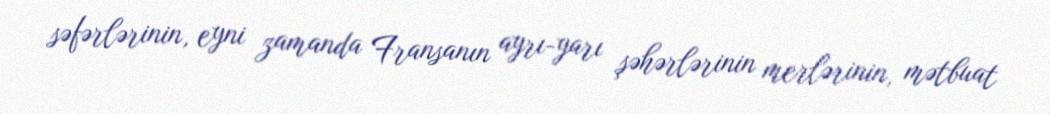
səfərlərinin, eyni zamanda Fransanın ayrı-yarı şəhərlərinin merlərinin, mətbuat